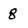
Character: 8